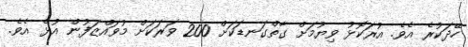
ހޭދަކުރެ އެވެ. އުރަކޮޅު ވިޔުމަށް ގާތްގަނޑަކަށް 200 ވަރަކަށް މުވައްޒަފުން އުޅެ އެވެ.